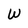
Character: W